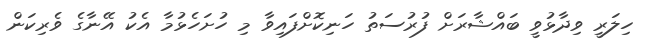
ހިލަރީ ވިދާޅުވީ ބައްޝާރަށް ފުރުސަތު ހަނިކޮށްފައިވާ މި ހުށަހެޅުމާ އެކު އޭނާގެ ވެރިކަން